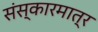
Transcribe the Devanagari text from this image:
संस्कारमात्र